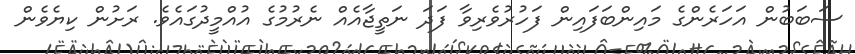
ސަބަބުން އަހަރެންގެ މައިންބަފައިން ފަހުރުވެރިވާ ފަދަ ނަތީޖާއެއް ނެރުމުގެ އުއްމީދުގައެވެ. ރަށުން ކިޔެވެން